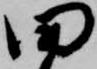
田